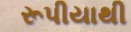
રૂપીયાથી